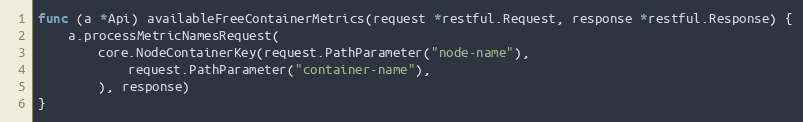
Language: Go
func (a *Api) availableFreeContainerMetrics(request *restful.Request, response *restful.Response) {
	a.processMetricNamesRequest(
		core.NodeContainerKey(request.PathParameter("node-name"),
			request.PathParameter("container-name"),
		), response)
}